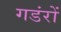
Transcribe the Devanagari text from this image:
गडंरों